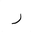
Letter: _ra